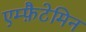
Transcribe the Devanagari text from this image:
एम्फ़ैटेमिन